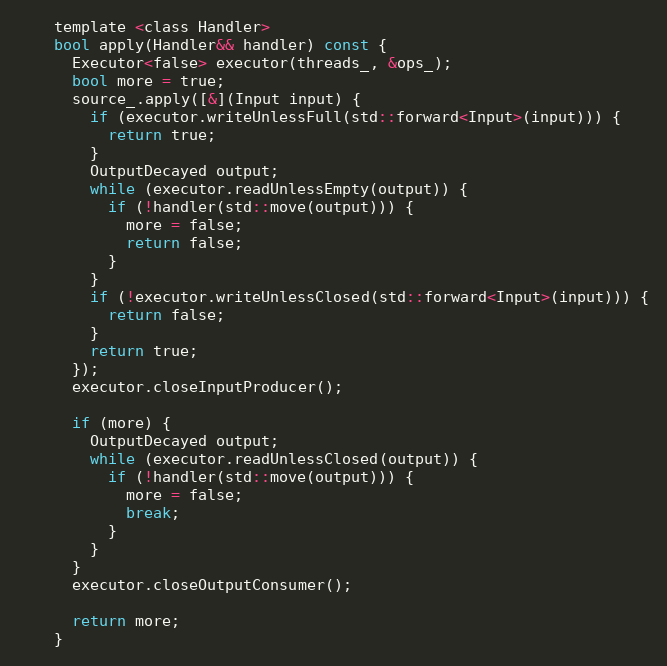
Language: C
    template <class Handler>
    bool apply(Handler&& handler) const {
      Executor<false> executor(threads_, &ops_);
      bool more = true;
      source_.apply([&](Input input) {
        if (executor.writeUnlessFull(std::forward<Input>(input))) {
          return true;
        }
        OutputDecayed output;
        while (executor.readUnlessEmpty(output)) {
          if (!handler(std::move(output))) {
            more = false;
            return false;
          }
        }
        if (!executor.writeUnlessClosed(std::forward<Input>(input))) {
          return false;
        }
        return true;
      });
      executor.closeInputProducer();

      if (more) {
        OutputDecayed output;
        while (executor.readUnlessClosed(output)) {
          if (!handler(std::move(output))) {
            more = false;
            break;
          }
        }
      }
      executor.closeOutputConsumer();

      return more;
    }